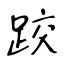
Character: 跤